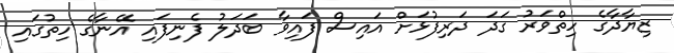
ޒިޔާދާގެ ހިތްވަރު ގަދަ ދަރިފުޅަށް އައިސް ފައިވާ ބަދަލު ފެނިފައި އޭނާގެ ހިތުގައި